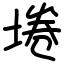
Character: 埢